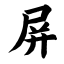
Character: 屏